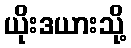
ယိုးဒယားသို့